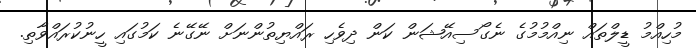
މުހިއްމު ޑީލްތައް ނިއްމުމުގެ ނެގޯސިއޭޝަން ކަން ދިވެހި ރައްޔިތުންނަށް ނޭގޭނެ ކަމުގައި ހީނުކުރައްވާތި.